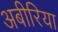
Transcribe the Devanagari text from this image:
अबीरिया